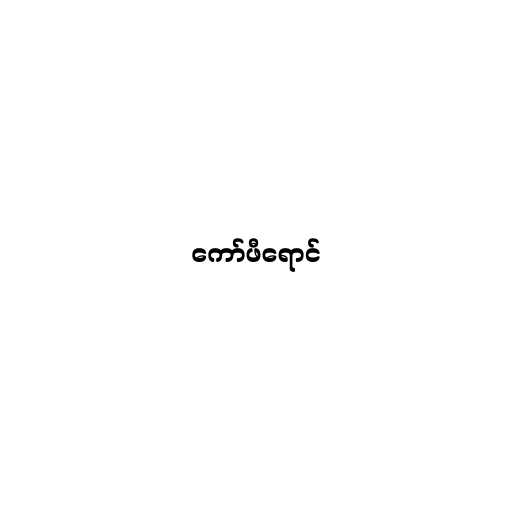
ကော်ဖီရောင်